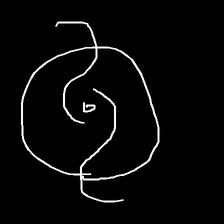
Glyph: repetition